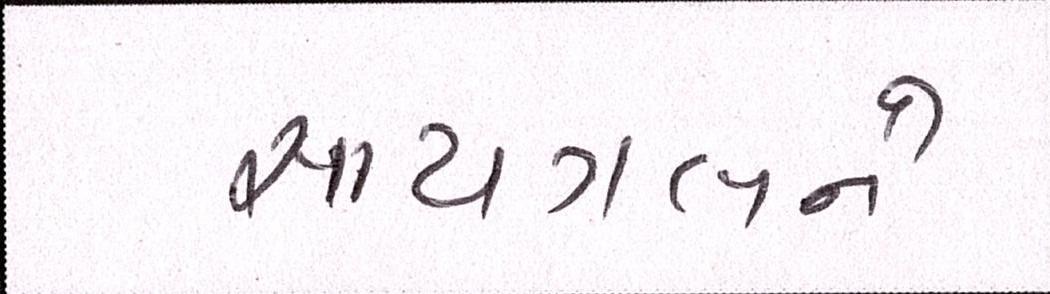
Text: સાયગલને